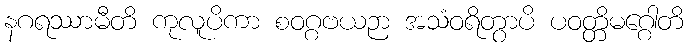
နဂရဿာမီတိ ကုလူပိကာ စဝဂ္ဂဗယဉာ အသံဝရိတွာပိ ပဝတ္တိမဂ္ဂေါတိ